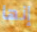
إنها